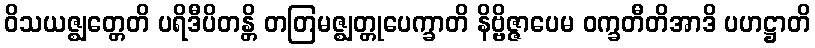
ဝိသယဇ္ဈတ္တေတိ ပရိဒီပိတန္တိ တတြမဇ္ဈတ္တုပေက္ခာတိ နိဗ္ဗိဇ္ဇာပေမ ဝက္ခတီတိအာဒိ ပဟဋ္ဌာတိ